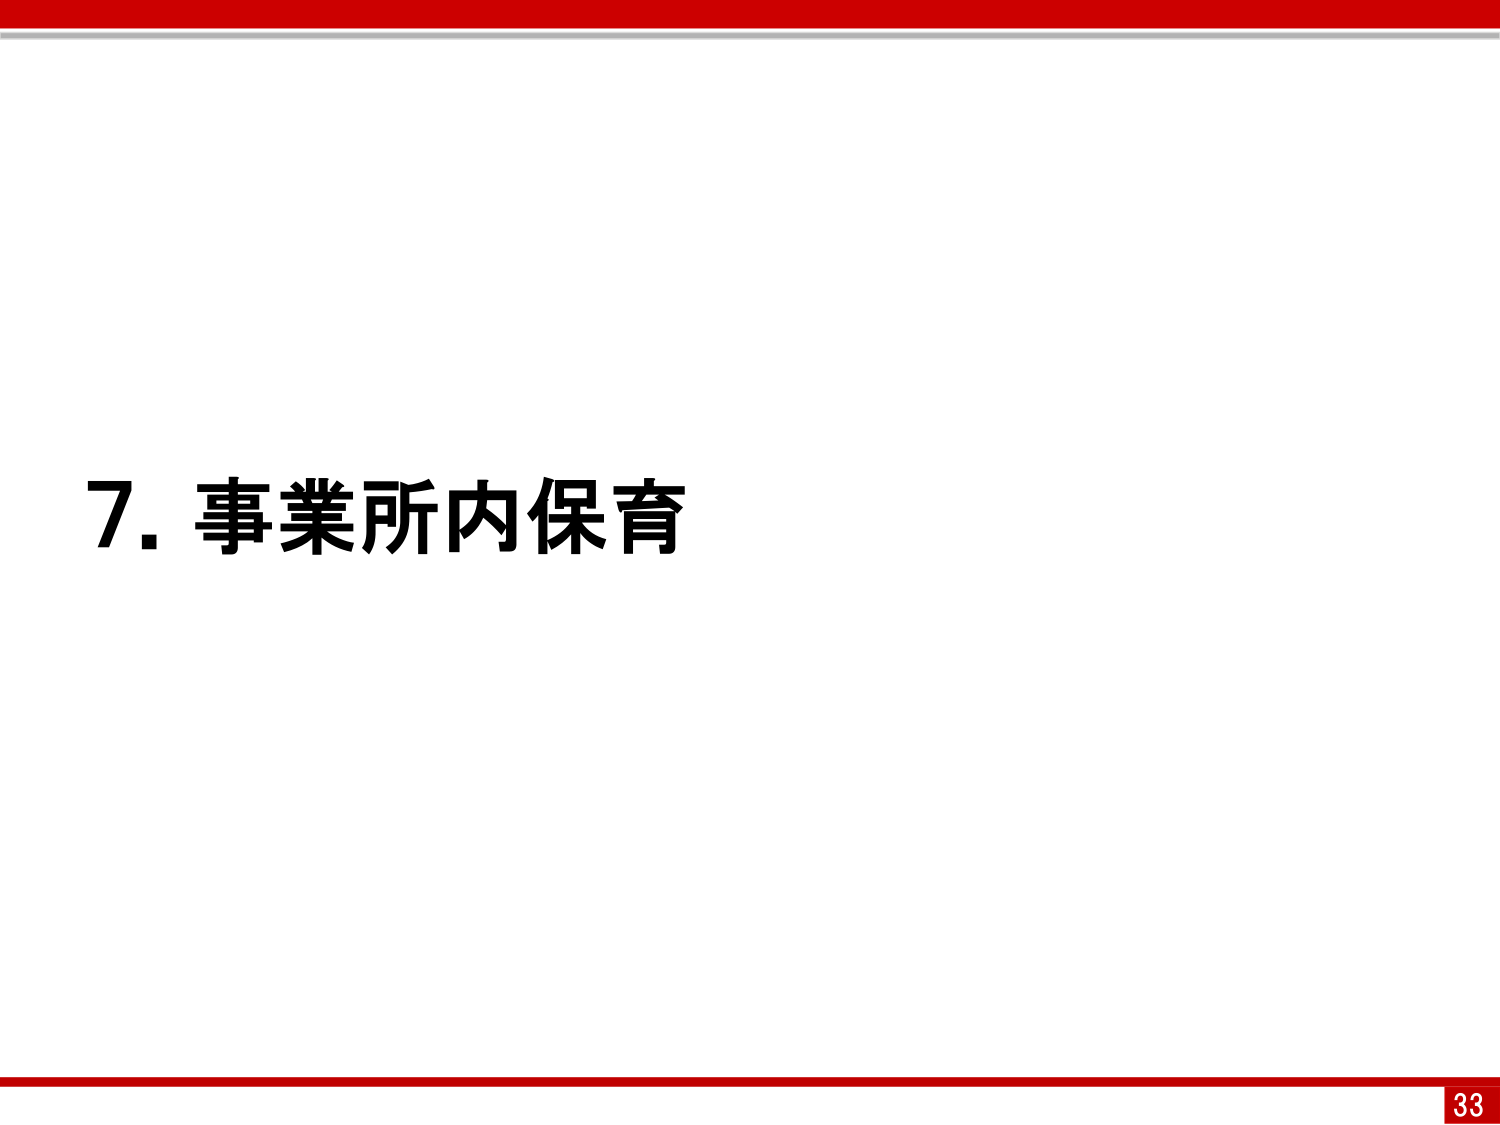
7. 事業所内保育
33